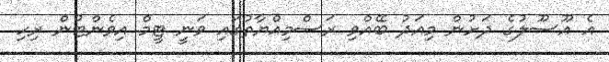
އެ އޫސޫލުގެ ދަށުން މިއަދު ބޭއްވި ރަސްމިއްޔާތުގައި ވަނީ ޓީމް އިވެންޓުން ރިހި